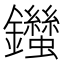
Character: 𨰙